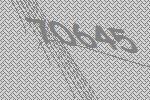
70645